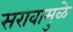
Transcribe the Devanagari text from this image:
सरावामुळे